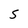
Character: S